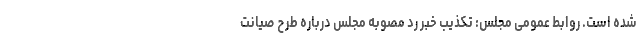
شده است. روابط عمومی مجلس: تکذیب خبر رد مصوبه مجلس درباره طرح صیانت